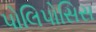
પોલિપોસિસ